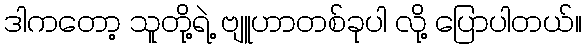
ဒါကတော့ သူတို့ရဲ့ ဗျူဟာတစ်ခုပါ လို့ ပြောပါတယ်။